Document type: Sale
Year: 1326
Scribe: Bartomeu Marc
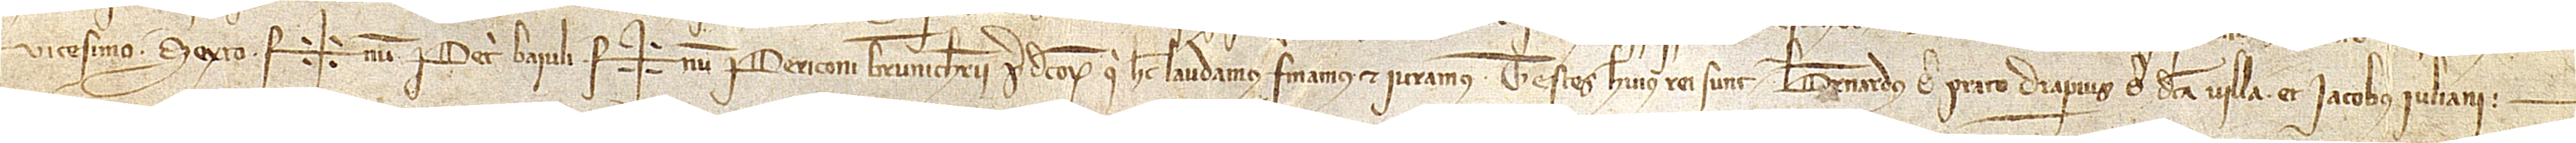
vicesimo sexto. Sig+num Petri Baiuli, Sig+num Periconi Brunicherii, predictorum, qui hec laudamus, firmamus et iuramus.  Testes huius rei sunt: Bernardus de Prato, draperius de dicta villa, et Iacobo Iuliani.